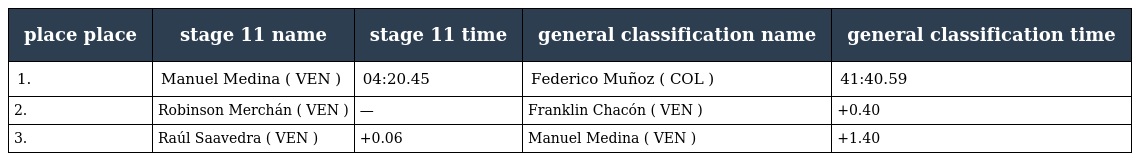
| place place | stage 11 name | stage 11 time | general classification name | general classification time |
 | --- | --- | --- | --- | --- |
 | 1. | Manuel Medina ( VEN ) | 04:20.45 | Federico Muñoz ( COL ) | 41:40.59 |
 | 2. | Robinson Merchán ( VEN ) | — | Franklin Chacón ( VEN ) | +0.40 |
 | 3. | Raúl Saavedra ( VEN ) | +0.06 | Manuel Medina ( VEN ) | +1.40 |